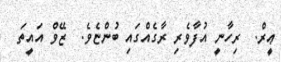
ޢީރް.  ރިހާނީ އުފާވެރި ރާގެއްގައި ބުންޏެވެ.  ޒޭވް އައީތަ